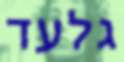
גלעד